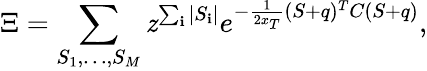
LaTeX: \Xi=\sum_{S_{1},\dots,S_{M}}\mathit{z}^{\sum_{\mathbf{i}}|S_{\mathbf{i}}|}e^{-\frac{{1}}{{2x_{T}}}(S+q)^{T}C(S+q)},